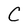
Character: C